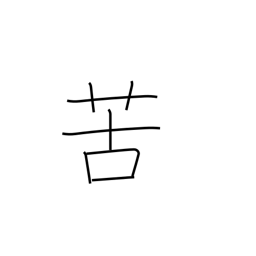
Meaning: feel bitter